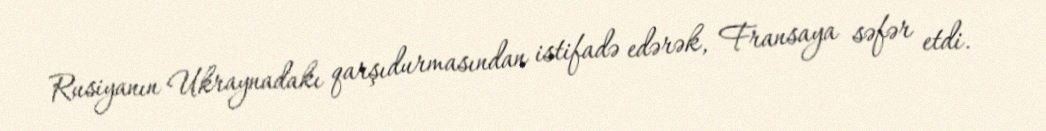
Rusiyanın Ukraynadakı qarşıdurmasından istifadə edərək, Fransaya səfər etdi.